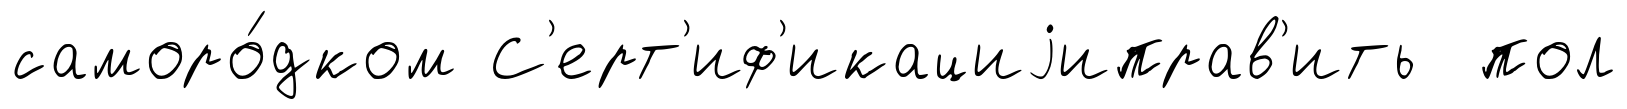
саморо́дком С'ерт'иф'икациjиправ'ить пол